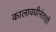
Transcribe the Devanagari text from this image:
कालावधीनंतरही